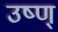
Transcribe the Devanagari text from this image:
उष्ण्